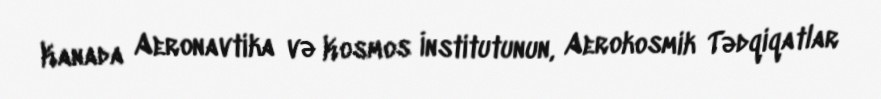
Kanada Aeronavtika və Kosmos İnstitutunun, Aerokosmik Tədqiqatlar